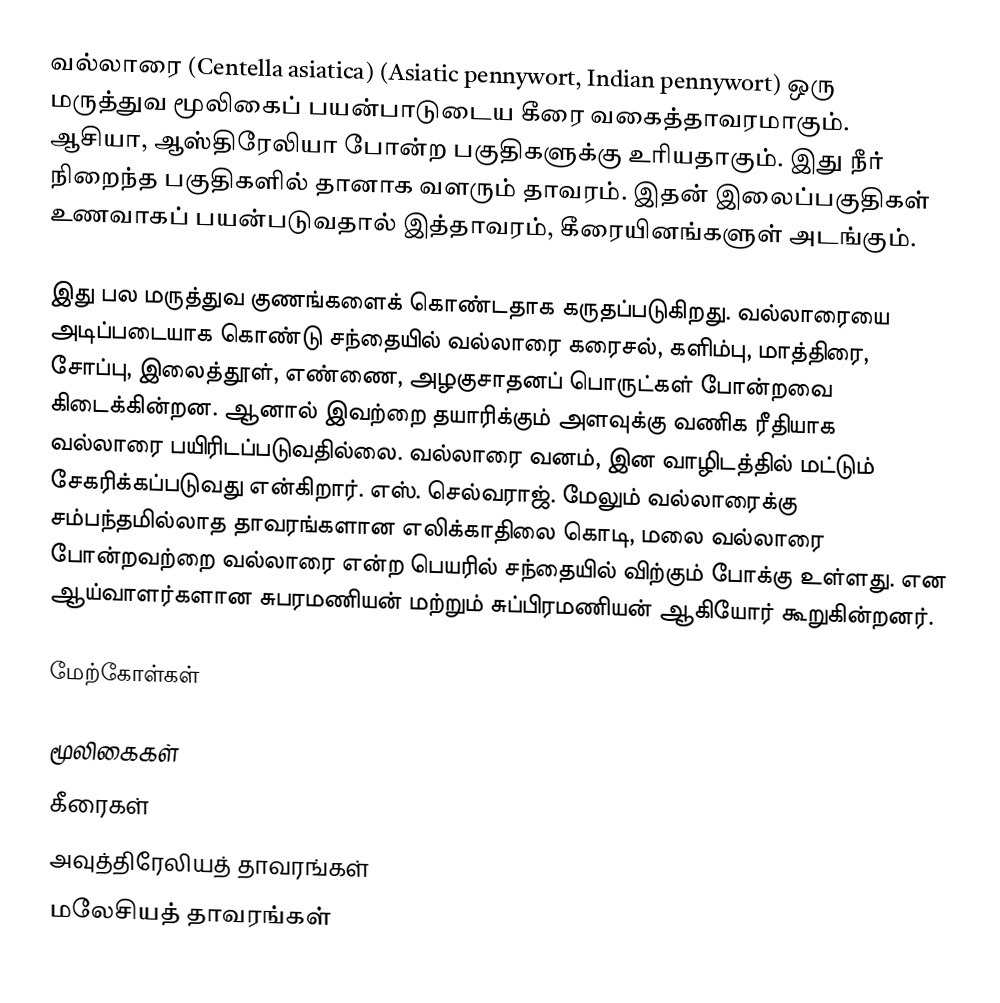
வல்லாரை (Centella asiatica) (Asiatic pennywort, Indian pennywort) ஒரு மருத்துவ மூலிகைப் பயன்பாடுடைய கீரை வகைத்தாவரமாகும். ஆசியா, ஆஸ்திரேலியா போன்ற பகுதிகளுக்கு உரியதாகும். இது நீர் நிறைந்த பகுதிகளில் தானாக வளரும் தாவரம். இதன் இலைப்பகுதிகள் உணவாகப் பயன்படுவதால் இத்தாவரம், கீரையினங்களுள் அடங்கும்.

இது பல மருத்துவ குணங்களைக் கொண்டதாக கருதப்படுகிறது. வல்லாரையை அடிப்படையாக கொண்டு சந்தையில் வல்லாரை கரைசல், களிம்பு, மாத்திரை, சோப்பு, இலைத்தூள், எண்ணை, அழகுசாதனப் பொருட்கள் போன்றவை கிடைக்கின்றன. ஆனால் இவற்றை தயாரிக்கும் அளவுக்கு வணிக ரீதியாக வல்லாரை பயிரிடப்படுவதில்லை. வல்லாரை வனம், இன வாழிடத்தில் மட்டும் சேகரிக்கப்படுவது   என்கிறார். எஸ். செல்வராஜ். மேலும் வல்லாரைக்கு சம்பந்தமில்லாத தாவரங்களான எலிக்காதிலை கொடி, மலை வல்லாரை போன்றவற்றை வல்லாரை என்ற பெயரில் சந்தையில் விற்கும் போக்கு உள்ளது. என ஆய்வாளர்களான சுபரமணியன் மற்றும் சுப்பிரமணியன் ஆகியோர் கூறுகின்றனர்.

மேற்கோள்கள்

மூலிகைகள்
கீரைகள்
அவுத்திரேலியத் தாவரங்கள்
மலேசியத் தாவரங்கள்